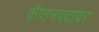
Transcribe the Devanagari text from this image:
कॅप्तनपदावर